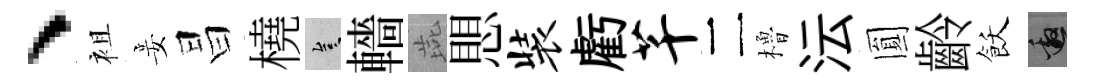
、袓妾昌橈豈轖燕愳装虧芊二櫓沄圎齡飫邀